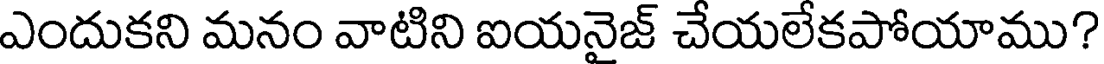
ఎందుకని మనం వాటిని ఐయనైజ్ చేయలేకపోయాము?